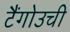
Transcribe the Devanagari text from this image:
टैंगोउची